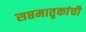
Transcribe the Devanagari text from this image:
सप्तमातृकांची